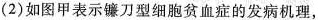
(2)如图甲表示镰刀型细胞贫血症的发病机理，